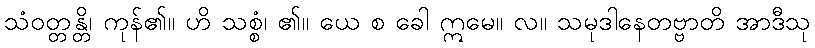
သံဝတ္တန္တိ၊ ကုန်၏။ ဟိ သစ္စံ၊ ၏။ ယေ စ ခေါ ဣမေ။ လ။ သမုဒါနေတဗ္ဗာတိ အာဒီသု